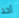
أحد